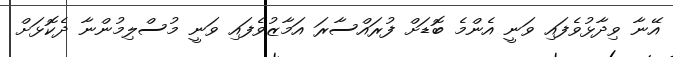
އޭނާ ވިދާޅުވެފައި ވަނީ އެންމެ ބޮޑަށް ފުރައްސާރަ އަމާޒުވެފައި ވަނީ މުސްލިމުންނާ ދެކޮޅަށް